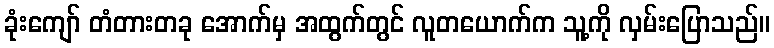
ခုံးကျော် တံတားတခု အောက်မှ အထွက်တွင် လူတယောက်က သူ့ကို လှမ်းပြောသည်။